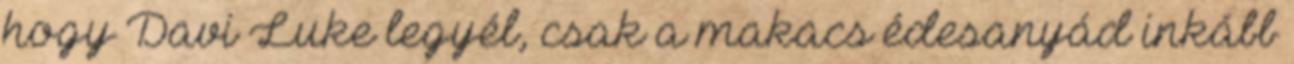
hogy Davi Luke legyél, csak a makacs édesanyád inkább